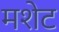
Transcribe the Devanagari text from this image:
मशेट